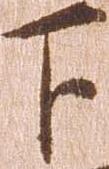
下